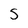
Character: S